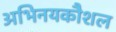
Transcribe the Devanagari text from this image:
अभिनयकौशल